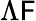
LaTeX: \Lambda\mathsf{F}